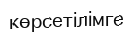
көрсетілімге